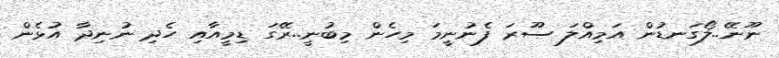
ނޫނޭ..ލޯގަނޑުން އަމިއްލަ ސޫރަ ފެނުނީމަ މިހެން މިބުނީ..ރޭގަ ޑިމީއާއި ހެދި ނުނިދާ އުޅެން